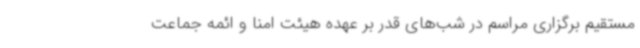
مستقیم برگزاری مراسم در شب‌های قدر بر عهده هیئت امنا و ائمه جماعت